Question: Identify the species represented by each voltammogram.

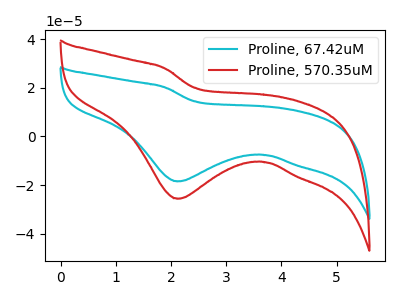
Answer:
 <answer>The cyan curve is labeled "Proline, 67.42uM". The red curve is labeled "Proline, 570.35uM".</answer>
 <eval></eval>